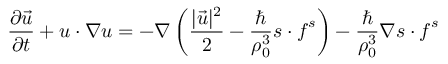
\frac { \partial \vec { u } } { \partial t } + \boldsymbol { u } \cdot \boldsymbol { \nabla } \boldsymbol { u } = - \boldsymbol { \nabla } \left( \frac { | \vec { u } | ^ { 2 } } { 2 } - \frac { \hbar } { \rho _ { 0 } ^ { 3 } } \boldsymbol { s } \cdot \boldsymbol { f } ^ { s } \right) - \frac { \hbar } { \rho _ { 0 } ^ { 3 } } \boldsymbol { \nabla } \boldsymbol { s } \cdot \boldsymbol { f } ^ { s }